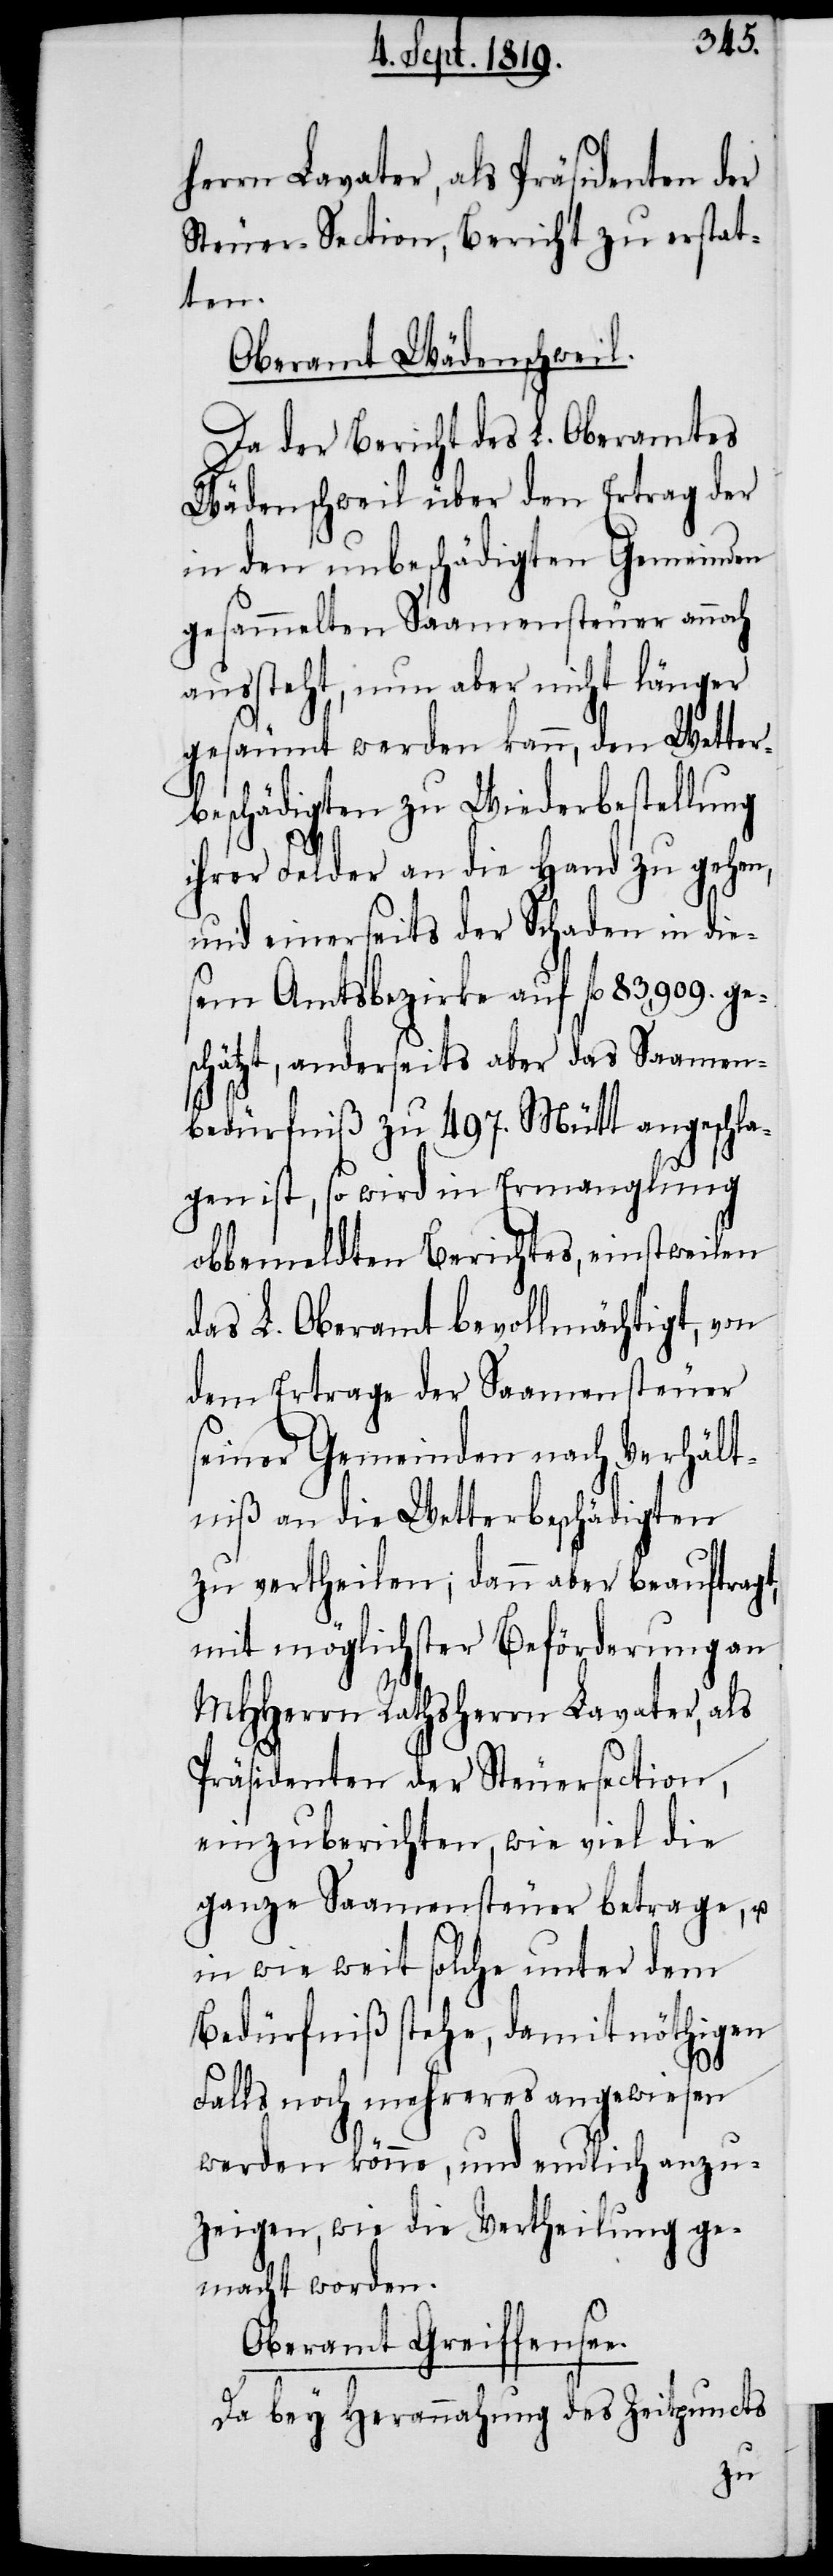
herrn Lavater, als Präsidenten der
Steuer-Section, Bericht zu erstat¬
ten.
Oberamt Wädenschweil.
Da der Bericht des L. Oberamtes
Wädenschweil über den Ertrag der
in den unbeschädigten Gemeinden
gesammelten Saamensteuer auch
aussteht, nun aber nicht länger
gesäumt werden kann, den Wetter¬
beschädigten zu Wiederbestellung
ihrer Felder an die Hand zu gehen,
und einerseits der Schaden in die¬
sem Amtsbezirke auf fl. 83,909. ge¬
schätzt, andersetis aber das Saamen¬
bedürfniß zu 497. Mütt angeschla¬
gen ist, so wird in Ermanglung
obbemeldten Berichtes einstweilen
das L. Oberamt bevollmächtigt, von
dem Ertrage der Saamensteuer
seiner Gemeinden nach Verhält¬
niß an die Wetterbeschädigten
zu vertheilen; dann aber beauftragt,
mit möglichster Beförderung an
MHHerrn Rathsherrn Lavater, als
Präsidenten der Steuersection,
einzuberichten, wie viel die
ganze Saamensteuer betrage, u.
in wie weit solche unter dem
Bedürniß stehe, damit nöthigen
Falls noch mehreres angewiesen
werden könne, und endlich anzu¬
zeigen, wie die Vertheilung ge¬
macht worden.
Oberamt Greiffensee.
Da bey Herannahung des Zeitpuncts